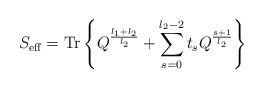
\begin{align*}S_{\mbox{\scriptsize{eff}}} = \mbox{Tr} \left\{ Q^{\frac{l_1+l_2}{l_2}}+\sum_{s=0}^{l_2-2} t_s Q^{\frac{s+1}{l_2}} \right\}\end{align*}